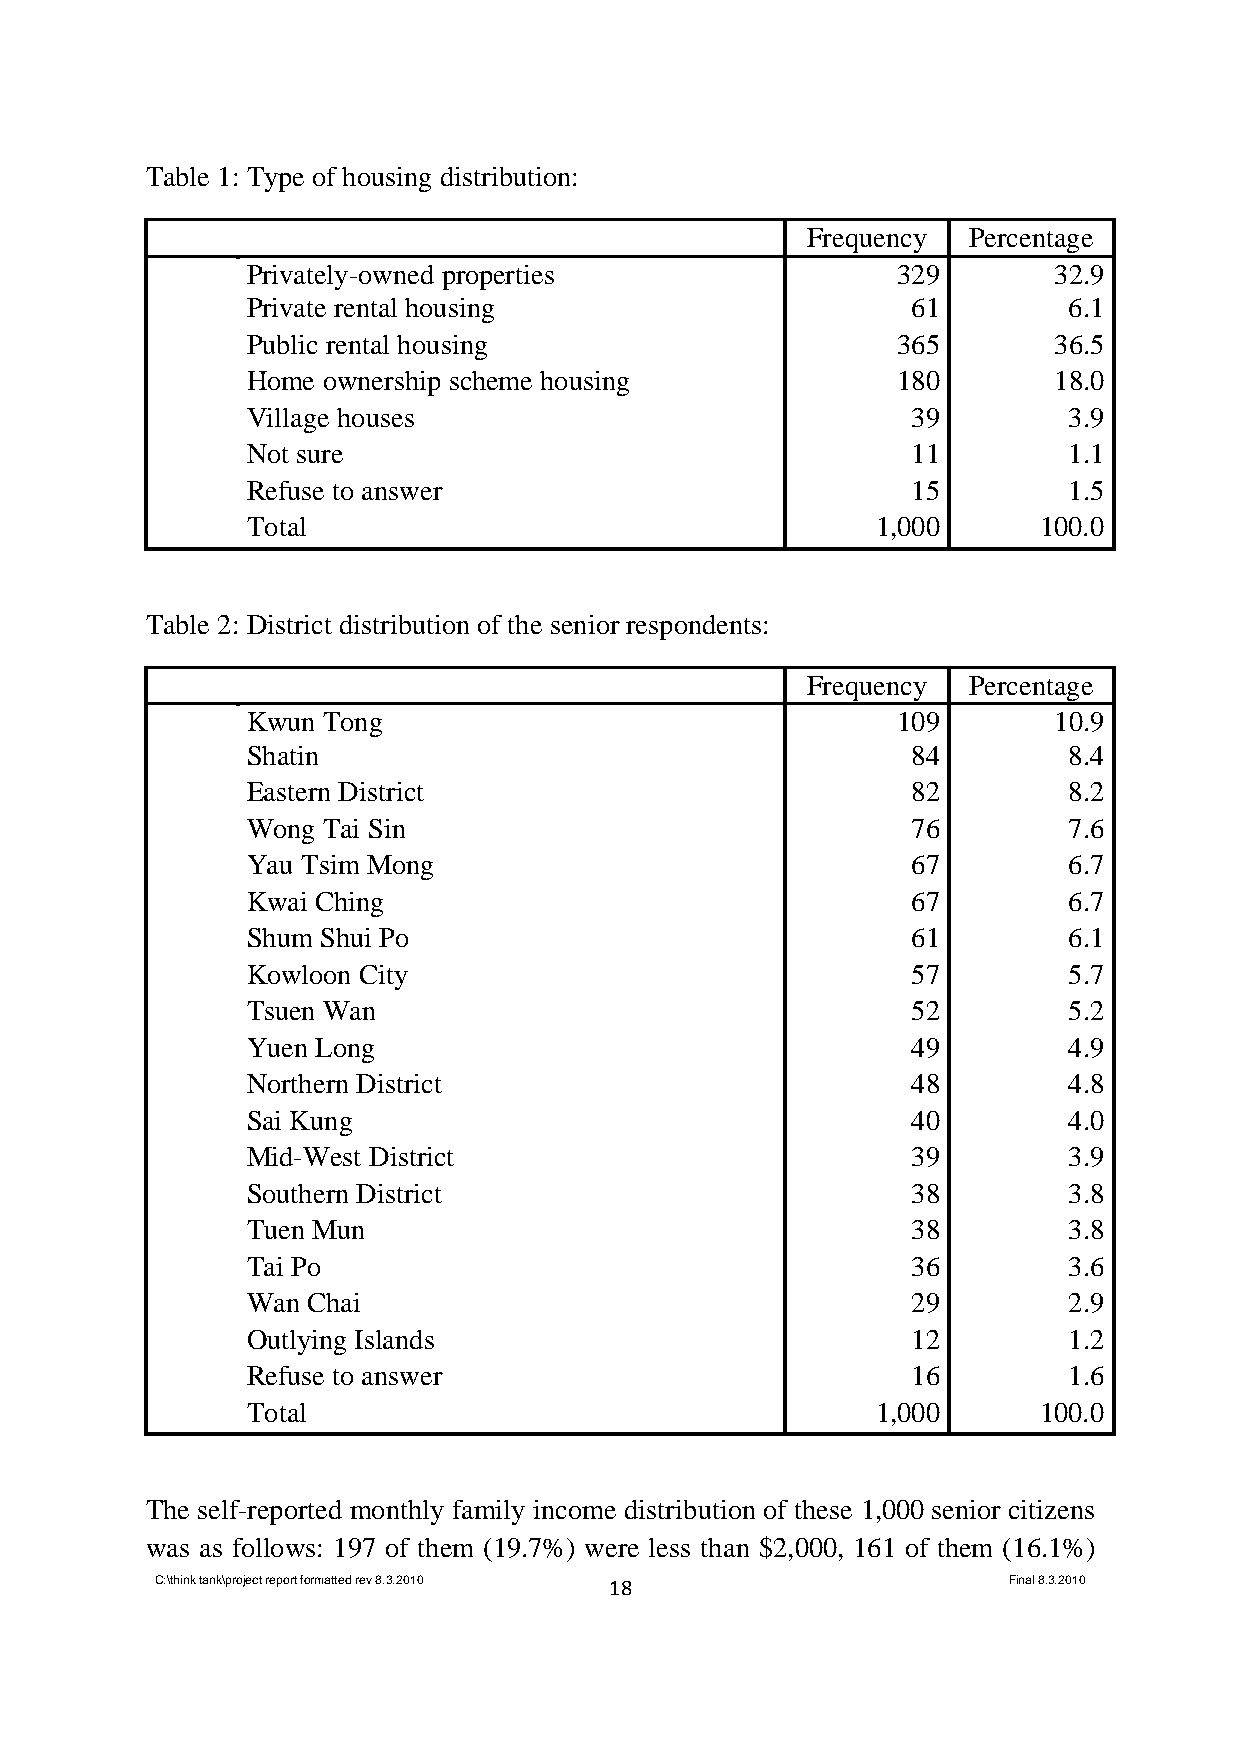
Table 1: Type of housing distribution:
 Frequency  Percentage
 Privately-owned properties                 329        32.9
 Private rental housing                      61         6.1
 Public rental housing                      365        36.5
 Home ownership scheme housing              180        18.0
 Village houses                              39         3.9
 Not sure                                    11         1.1
 Refuse to answer                            15         1.5
 Total                                     1,000      100.0
 Table 2: District distribution of the senior respondents:
 Frequency  Percentage
 Kwun Tong                                  109        10.9
 Shatin                                      84         8.4
 Eastern District                            82         8.2
 Wong Tai Sin                                76         7.6
 Yau Tsim Mong                               67         6.7
 Kwai Ching                                  67         6.7
 Shum Shui Po                                61         6.1
 Kowloon City                                57         5.7
 Tsuen Wan                                   52         5.2
 Yuen Long                                   49         4.9
 Northern District                           48         4.8
 Sai Kung                                    40         4.0
 Mid-West District                           39         3.9
 Southern District                           38         3.8
 Tuen Mun                                    38         3.8
 Tai Po                                      36         3.6
 Wan Chai                                    29         2.9
 Outlying Islands                            12         1.2
 Refuse to answer                            16         1.6
 Total                                     1,000      100.0
 The self-reported monthly family income distribution of these 1,000 senior citizens
 was as follows: 197 of them (19.7%) were less than $2,000, 161 of them (16.1%)
 C:\think tank\project report formatted rev 8.3.2010 18   Final 8.3.2010